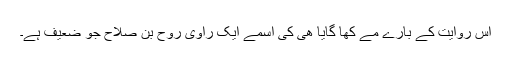
اس روایت کے بارے مے کھا گایا ھی کی اسمے ایک راوی روح بن صلاح جو ضعیف ہے۔